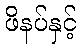
ဖိနပ်နှင့်